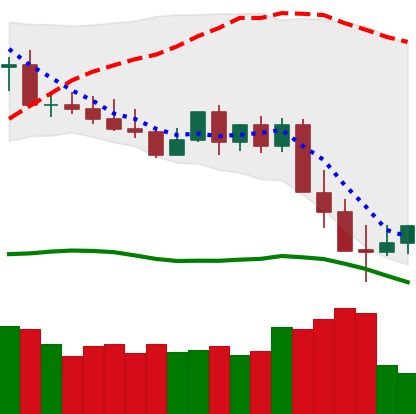
Ticker: XMR-USD
Chart end date: 2022-05-14
Forward return: 7.417%
Label: up_7plus